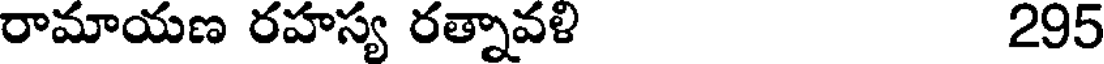
రామాయణ రహస్య రత్నావళి 295